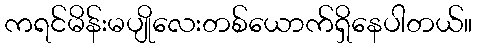
ကရင်မိန်းမပျိုလေးတစ်ယောက်ရှိနေပါတယ်။